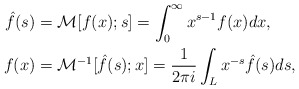
\begin{align*}\hat{f} (s) &= \mathcal{M}[f (x); s] = \int_{0}^{\infty} x^{s-1} f (x) dx,\\ f (x) &= \mathcal{M}^{-1}[\hat{f} (s); x] = \frac{1}{2\pi i} \int_{L} x^{-s} \hat{f} (s) ds, \end{align*}